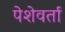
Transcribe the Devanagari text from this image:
पेशेवर्ता